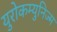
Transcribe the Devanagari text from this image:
युरोकम्युनिज्म